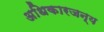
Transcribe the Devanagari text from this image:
अधिकारजन्य